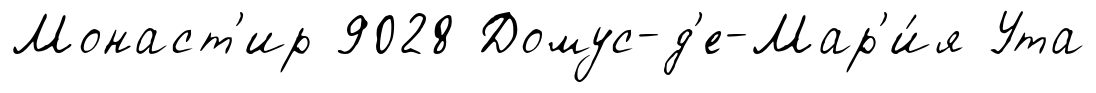
Монаст'ир 9028 Домус-д'е-Мар'и́я Ута